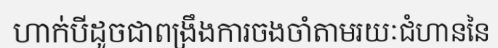
ហាក់បីដូចជាពង្រឹងការចងចាំតាមរយៈជំហាននៃ